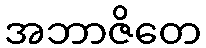
အဘာဇိတေ